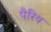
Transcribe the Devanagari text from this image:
पैरिय